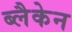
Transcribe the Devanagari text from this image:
ब्लैकेन